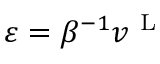
\varepsilon = \beta ^ { - 1 } v ^ { \mathrm { ~ L ~ } }